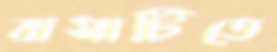
বাসাটিতে